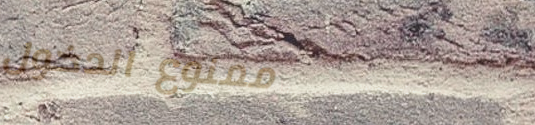
ممنوع الدخول